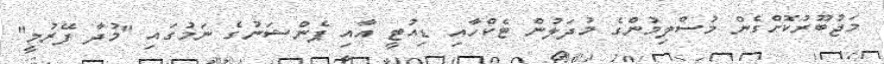
މަޖުބޫރުކޮށްގެން މުސްލިމުންގެ މުދަލުން ޓެކްހާއި ޑިއުޓީ އާއި ޕެންޝަނުގެ ނަމުގައި "މުދާ ފޭރުމީ"